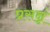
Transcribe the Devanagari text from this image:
प्रसन्नं